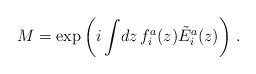
\begin{align*} M=\exp\left(i\int \!dz\,f_i^a(z)\tilde{E}_i^a(z)\right)\,.\end{align*}